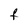
Character: F